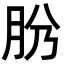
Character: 𦙕